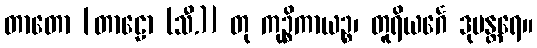
တာတော [တာဠော (သီ.)] တု ကုဉ္စိကာယဉ္စ၊ တူရိယင်္ဂေ ဒုမန္တရေ။